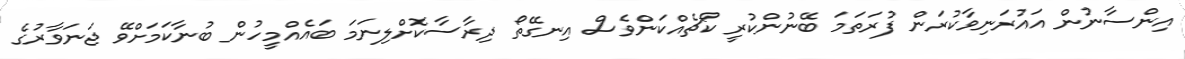
އިންސާނުން އައުރަނިވާކުރަން ފުރަތަމަ ބޭނުންކުރީ ކޯޗެއްކަންވެސް އިނގޭތޯ ދިރާސާކޮށްލިނަމަ ބައެއްމީހުން ބުނާކަމަށްވޭ ޖަނަވާރުގެ